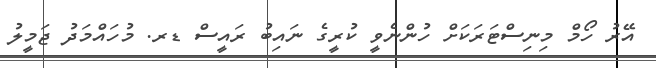
އޭރު ހޯމް މިނިސްޓަރަކަށް ހުންނެވީ ކުރީގެ ނައިބު ރައީސް ޑރ. މުހައްމަދު ޖަމީލު